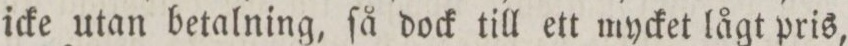
icke utan betalning, ſå dock till ett mycket lågt pris,